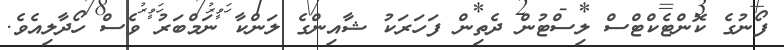
ފޯނުގެ ކޮންޓެކްޓްސް ލިސްޓުން ދެތިން ފަހަރަކު ޝާއިންގެ ލަންކާ ނަމްބަރު ވެސް ހޯދާލިއެވެ.